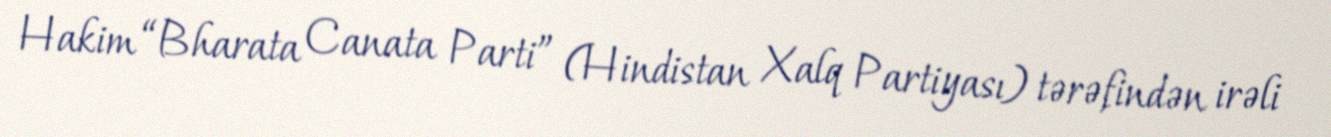
Hakim “Bharata Canata Parti” (Hindistan Xalq Partiyası) tərəfindən irəli